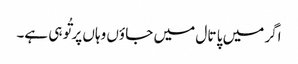
اگر میں پا تا ل میں جا ؤں وہاں پر تُو ہی ہے۔